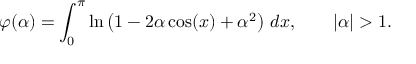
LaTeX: \varphi ( \alpha ) = \int _ { 0 } ^ { \pi } \ln \left( 1 - 2 \alpha \cos ( x ) + \alpha ^ { 2 } \right) \, d x , \qquad | \alpha | > 1 .